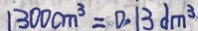
1 3 0 0 c m ^ { 3 } = 0 . 1 3 d m ^ { 3 }